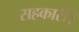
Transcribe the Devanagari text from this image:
सहकारी।